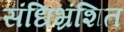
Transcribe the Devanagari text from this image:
संधिभ्रंशित